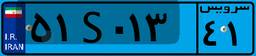
۶۵S۲۷۷۳۲